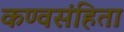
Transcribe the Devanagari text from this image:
कण्वसंहिता